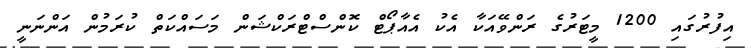
އިފުރުގައި 1200 މީޓަރުގެ ރަންވޭއަކާ އެކު އެއާޕޯޓް ކޮންސްޓްރަކްޝަން މަސައްކަތް ކުރަމުން އަންނަނީ